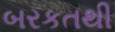
બરકતથી